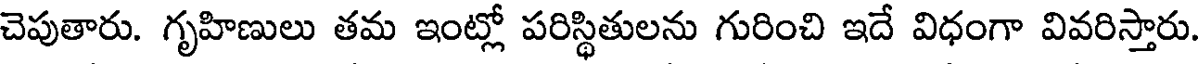
చెపుతారు. గృహిణులు తమ ఇంట్లో పరిస్థితులను గురించి ఇదే విధంగా వివరిస్తారు.